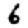
Digit: 6